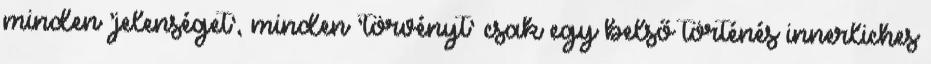
minden ’jelenséget’, minden ’törvényt’ csak egy belső történés innerliches